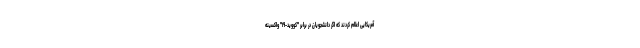
آمریکایی اعلام کردند که اگر دانشجویان در برابر "کووید-۱۹" واکسینه